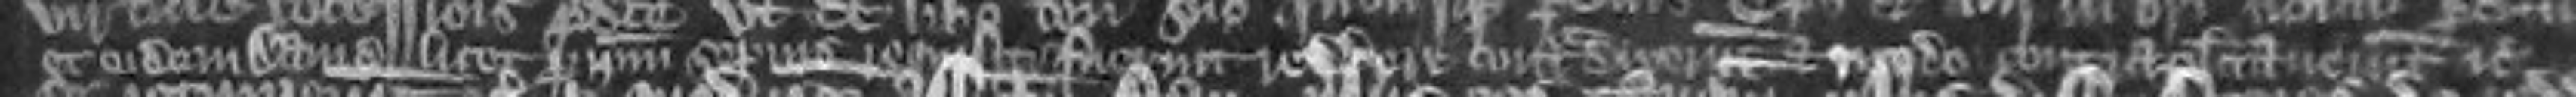
et eidem David licet per ipsum sepius requisiti fuerunt reddere contradixerunt et modo contraplacitaverunt etc